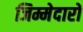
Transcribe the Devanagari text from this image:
जिम्मेदारों